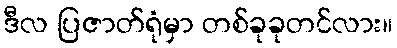
ဒီလ ပြဇာတ်ရုံမှာ တစ်ခုခုတင်လား။